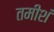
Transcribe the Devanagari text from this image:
तमीशं